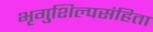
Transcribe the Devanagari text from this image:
भृगुशिल्पसंहिता